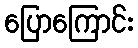
ပြောကြောင်း